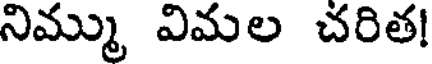
నిమ్ము విమల చరిత!